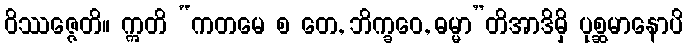
ဝိဿဇ္ဇေတိ။ ဣတိ “ကတမေ စ တေ, ဘိက္ခဝေ, ဓမ္မာ”တိအာဒိမှိ ပုစ္ဆမာနောပိ